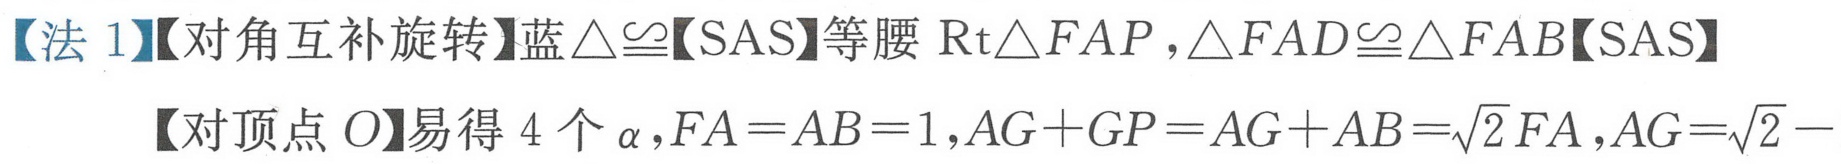
【法 1】【对角互补旋转】蓝$\triangle\cong$【SAS】等腰$\text{Rt}\triangle FAP,\triangle FAD\cong\triangle FAB$【SAS】
【对顶点$O$】易得$4$个$\alpha,FA = AB = 1,AG + GP = AG + AB=\sqrt{2}FA,AG=\sqrt{2}-$